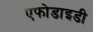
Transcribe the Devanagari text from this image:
एफोडाइडी